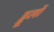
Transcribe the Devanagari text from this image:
ड्डूलों